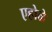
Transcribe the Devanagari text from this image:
एहोळे